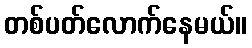
တစ်ပတ်လောက်နေမယ်။